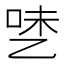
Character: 𰁅